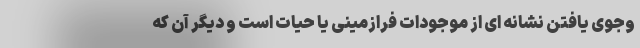
وجوی یافتن نشانه ‌ای از موجودات فرازمینی یا حیات است و دیگر آن که